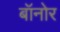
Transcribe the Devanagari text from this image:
बॉनोर